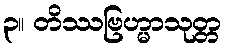
၃။ တိဿဗြဟ္မာသုတ္တ